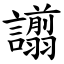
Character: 譾